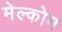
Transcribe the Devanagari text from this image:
मेल्कोम